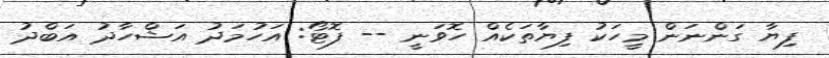
ފިޔާ ގަންނަން މީހަކު ފިޔާތަކެއް ހޮވަނީ -- ފޮޓޯ: އަހުމަދު އަޝްހާދު އަބްދު